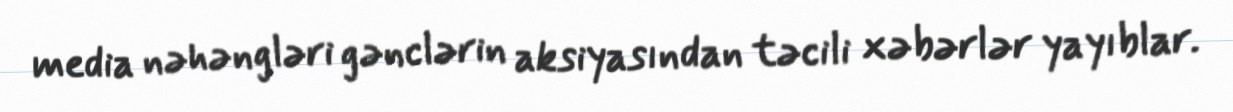
media nəhəngləri gənclərin aksiyasından təcili xəbərlər yayıblar.